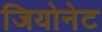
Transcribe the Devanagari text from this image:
जियोनेट